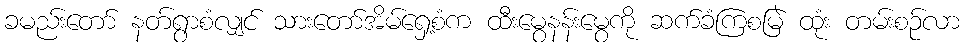
ခမည်းတော် နတ်ရွာစံလျှင် သားတော်အိမ်ရှေ့စံက ထီးမွေနန်းမွေကို ဆက်ခံကြစမြဲ ထုံး တမ်းစဉ်လာ